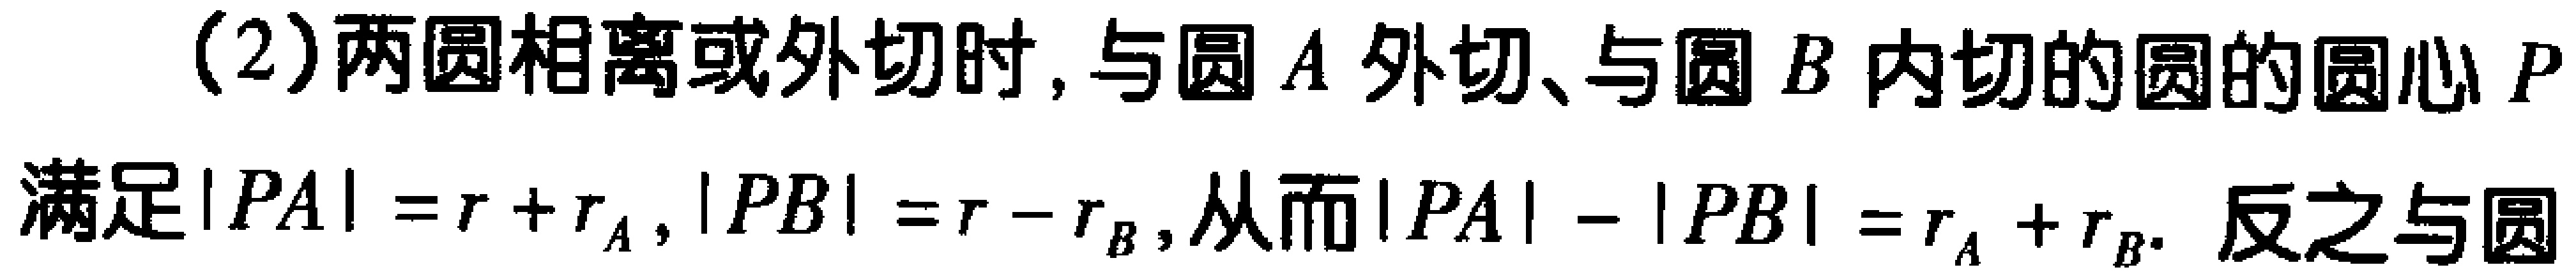
(2)两圆相离或外切时, 与圆\(A\)外切、与圆\(B\)内切的圆的圆心\(P\)满足\(\vert PA\vert =r + r_{A},\vert PB\vert =r - r_{B}\), 从而\(\vert PA\vert-\vert PB\vert =r_{A}+r_{B}\). 反之与圆